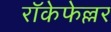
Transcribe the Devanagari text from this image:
रॉकेफेल्लर